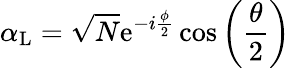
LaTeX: \alpha_{\mathrm{L}}=\sqrt{N}\mathrm{e}^{-i\frac{\phi}{2}}\cos\left(\frac{\theta}{2}\right)